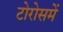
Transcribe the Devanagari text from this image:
टोरोसमें